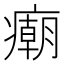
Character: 𰤂